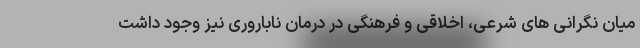
میان نگرانی های شرعی، اخلاقی و فرهنگی در درمان ناباروری نیز وجود داشت